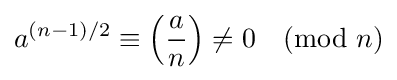
a^{(n-1)/2}\equiv \left({\frac {a}{n}}\right)\neq 0{\pmod {n}}